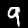
Digit: 9